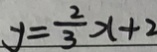
y = \frac { 2 } { 3 } x + 2